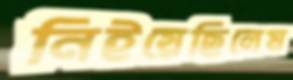
নিইয়েছিলেম